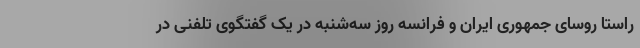
راستا روسای جمهوری ایران و فرانسه روز سه‌شنبه در یک گفتگوی تلفنی در